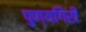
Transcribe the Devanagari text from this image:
पुण्यगिरी